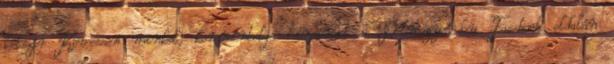
kétszer Kövessen minket, kommentelje híreinket a Delmagyar.hu Facebook oldalán